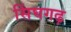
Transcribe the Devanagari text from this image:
सिंघगढ़